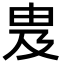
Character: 𬏁